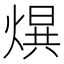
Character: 𤌱